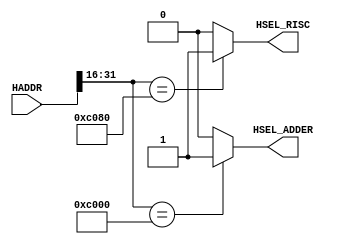
// +FHDR ----------------------------------------------------------------
// Copyright (C) 2005, CCU SoC LAB Confidential  Proprietary
//-----------------------------------------------------------------------
//-----------------------------------------------------------------------
// Department       : SoC LAB
//-----------------------------------------------------------------------
// Version          : $Revision: 1.0 $
// Last Modified By : $Author: nsrta
//-----------------------------------------------------------------------
// Description      :
//                    AHB Decoder
// ----------------------------------------------------------------------
// Modification List:
//   o 
// -FHDR ----------------------------------------------------------------

module AHB_Decoder (
// Inputs
                   HADDR,
// Outputs
                   HSEL_RISC,
                   HSEL_ADDER
                  );

// Inputs
input  [31:0] HADDR;           // AHB address bus
// Outputs
output        HSEL_RISC;
output        HSEL_ADDER;

// Inputs
wire   [31:0] HADDR;           // AHB address bus

// Outputs
wire          HSEL_RISC;
wire          HSEL_ADDER;


assign HSEL_RISC  = (HADDR[31:16] == 16'hC080)? 1'b1 : 1'b0;
assign HSEL_ADDER = (HADDR[31:16] == 16'hC000)? 1'b1 : 1'b0;

endmodule